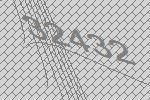
32432